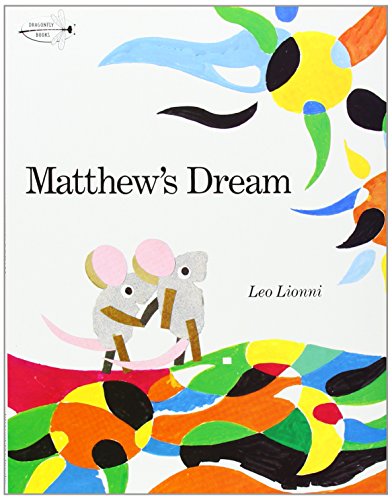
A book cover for Matthew's Dream; Leo Lionni; Children's Books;